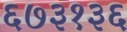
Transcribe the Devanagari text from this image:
६७३१३६